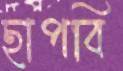
ছাপবি